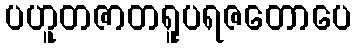
ပဟူတဇာတရူပရဇတောပေ